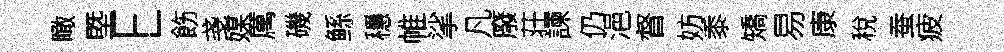
瞰塈E飭戔媒厲磯鲧穩帷挲凡廢荘諫仍浥督妨黍矯易康稅蚕疲